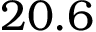
2 0 . 6